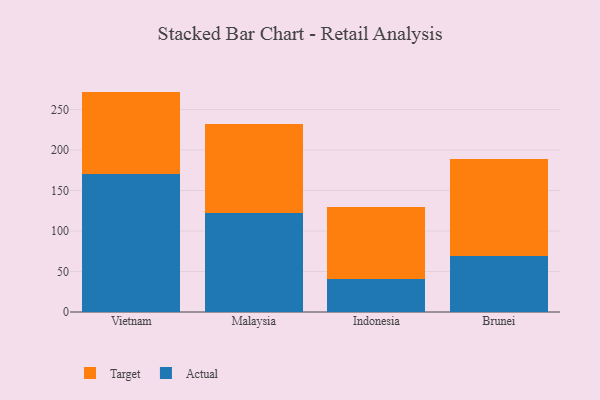
{"axis": {"x": "Country", "y": "Satisfaction Score"}, "legend": ["Actual", "Target"], "data": [{"x": "Vietnam", "y": 170.5, "type": "Actual"}, {"x": "Vietnam", "y": 101.6, "type": "Target"}, {"x": "Malaysia", "y": 122.6, "type": "Actual"}, {"x": "Malaysia", "y": 108.9, "type": "Target"}, {"x": "Indonesia", "y": 41.0, "type": "Actual"}, {"x": "Indonesia", "y": 88.3, "type": "Target"}, {"x": "Brunei", "y": 69.3, "type": "Actual"}, {"x": "Brunei", "y": 119.5, "type": "Target"}]}